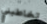
تخاطبني